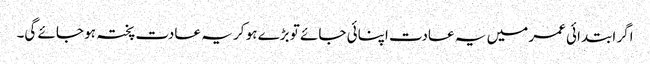
اگر ابتدائی عمر میں یہ عادت اپنائی جائے تو بڑے ہو کر یہ عادت پختہ ہو جائے گی۔